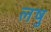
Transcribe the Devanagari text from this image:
लषु